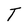
Character: T